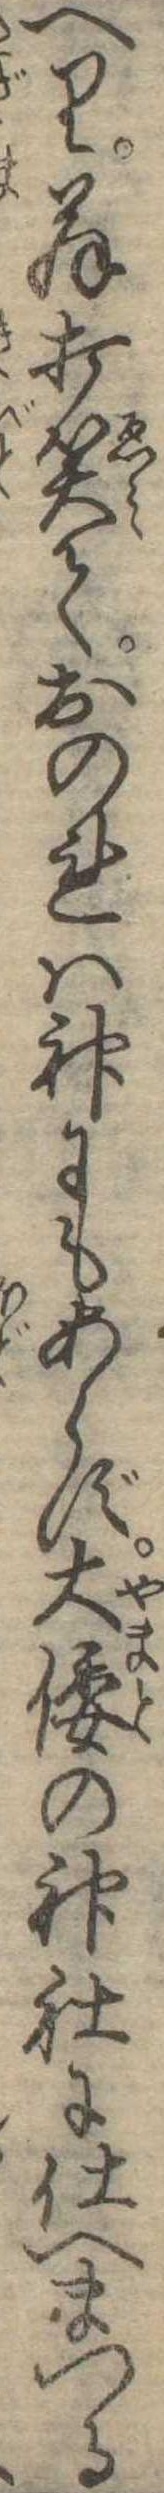
へり翁打笑ておのれは神にもあらず大倭の神社に仕へまつる